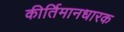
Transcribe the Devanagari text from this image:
कीर्तिमानधारक